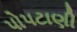
પોપટાણી